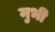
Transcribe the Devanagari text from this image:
मुभी